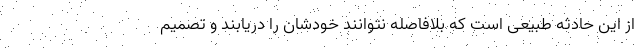
از این حادثه طبیعی است که بلافاصله نتوانند خودشان را دریابند و تصمیم